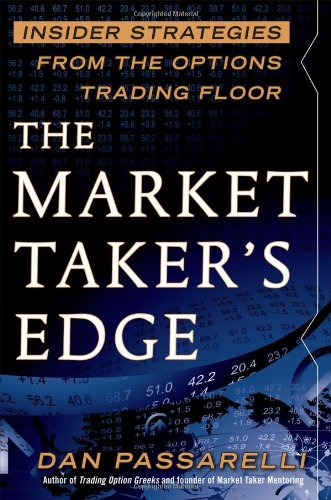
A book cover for The Market Taker's Edge: Insider Strategies from the Options Trading Floor; Dan Passarelli; Business & Money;